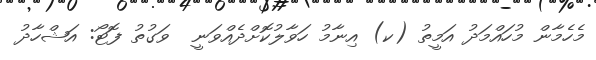
މެހެމާން މުހައްމަދު އަމީތު (ކ) އިނާމު ހަވާލުކޮށްދެއްވަނީ  ވަގުތު ފޮޓޯ: އަޝްހާދު